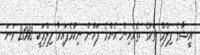
އީޝާގެ ފިލްމް ތަކުގެ ތެރެއިން އެންމެ ފަހުން ނިކުމެފައިވާ ފިލްމަކީ 2008 ވަނަ